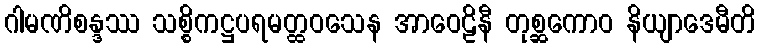
ဂါမဏိစန္ဒဿ သစ္စိကဋ္ဌပရမတ္ထဝသေန အာဝေဠိနီ တုစ္ဆကောဝ နိယျာဒေမီတိ